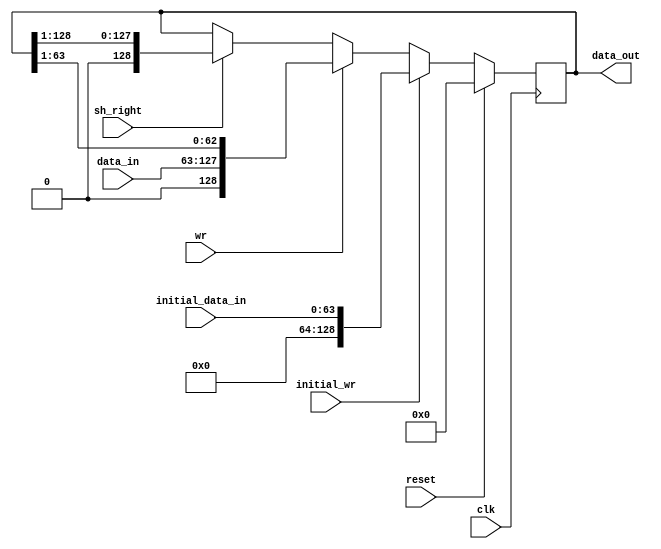
module product_register(clk, reset, data_in, wr, initial_data_in, initial_wr, sh_right, data_out);
    input [64:0] data_in;
    input [63:0] initial_data_in;
    input clk, reset, wr, initial_wr, sh_right;
    output [128:0] data_out;

    reg [128:0] prod_reg;

    always @(posedge clk) begin
        if (reset) prod_reg <= 129'd0;
        else begin
            if (initial_wr == 1) prod_reg <= {65'd0, initial_data_in};
            else begin
                if (wr == 1) prod_reg <= {1'd0, data_in, data_out[63:1]};         
                else if (sh_right == 1) prod_reg <= {1'd0, data_out[128:1]};
            end
        end
    end

    assign data_out = prod_reg;
endmodule